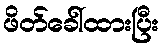
ဖိတ်ခေါ်ထားပြီး